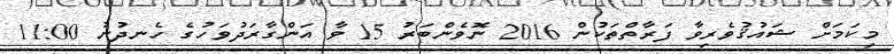
މިކަމަށް ޝައުޤުވެރިވާ ފަރާތްތަކުން 2016 ނޮވެންބަރު 15 ވާ އަންގާރަދުވަހުގެ ހެނދުނު 11:00